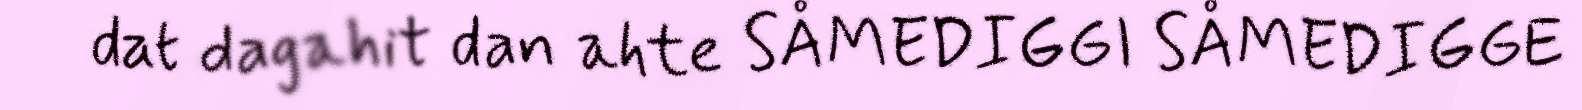
dat dagahit dan ahte SÅMEDIGGI SÅMEDIGGE